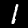
Digit: 1